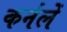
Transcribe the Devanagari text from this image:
कर्नलें